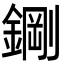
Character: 𮢪